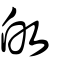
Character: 敀